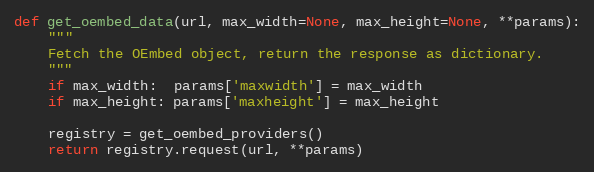
Language: Python
def get_oembed_data(url, max_width=None, max_height=None, **params):
    """
    Fetch the OEmbed object, return the response as dictionary.
    """
    if max_width:  params['maxwidth'] = max_width
    if max_height: params['maxheight'] = max_height

    registry = get_oembed_providers()
    return registry.request(url, **params)